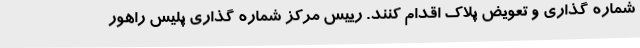
شماره گذاری و تعویض پلاک اقدام کنند. رییس مرکز شماره گذاری پلیس راهور